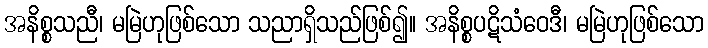
အနိစ္စသညီ၊ မမြဲဟုဖြစ်သော သညာရှိသည်ဖြစ်၍။ အနိစ္စပဋိသံဝေဒီ၊ မမြဲဟုဖြစ်သော